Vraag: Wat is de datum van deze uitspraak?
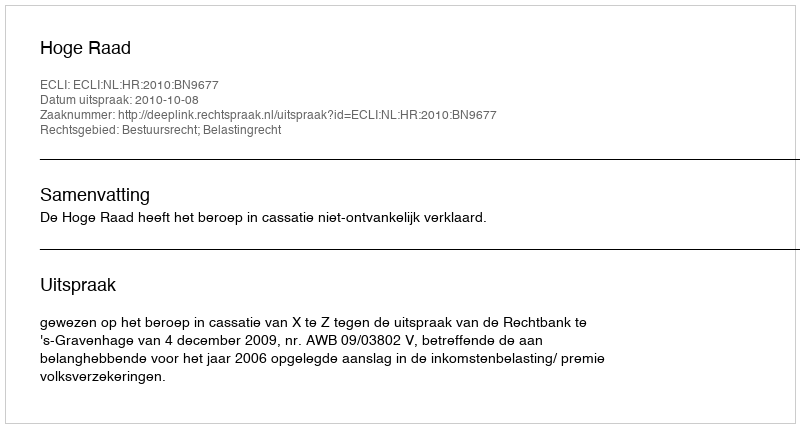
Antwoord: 2010-10-08